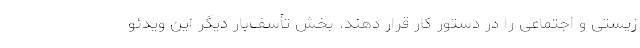
زیستی و اجتماعی را در دستور کار قرار دهند. بخش تأسف‌بار دیگر این ویدئو